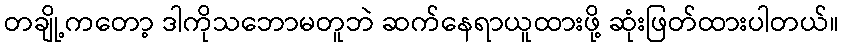
တချို့ကတော့ ဒါကိုသဘောမတူဘဲ ဆက်နေရာယူထားဖို့ ဆုံးဖြတ်ထားပါတယ်။